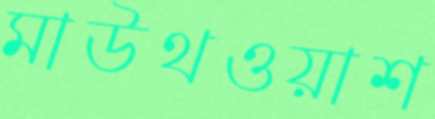
মাউথওয়াশ